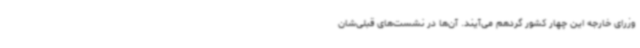
وزرای خارجه این چهار کشور گردهم می‌آیند. آن‌ها در نشست‌های قبلی‌شان